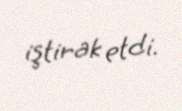
iştirak etdi.